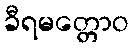
ခီရမတ္တောဝ